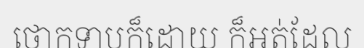
ថោកទាបក៏ដោយ ក៏អត់ដែល